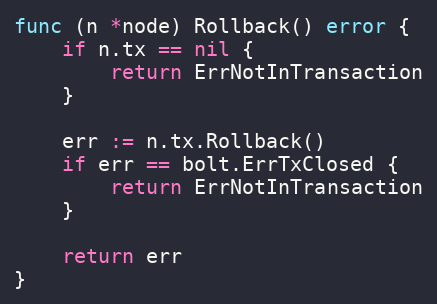
Language: Go
func (n *node) Rollback() error {
	if n.tx == nil {
		return ErrNotInTransaction
	}

	err := n.tx.Rollback()
	if err == bolt.ErrTxClosed {
		return ErrNotInTransaction
	}

	return err
}